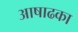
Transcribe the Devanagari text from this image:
आषाढका